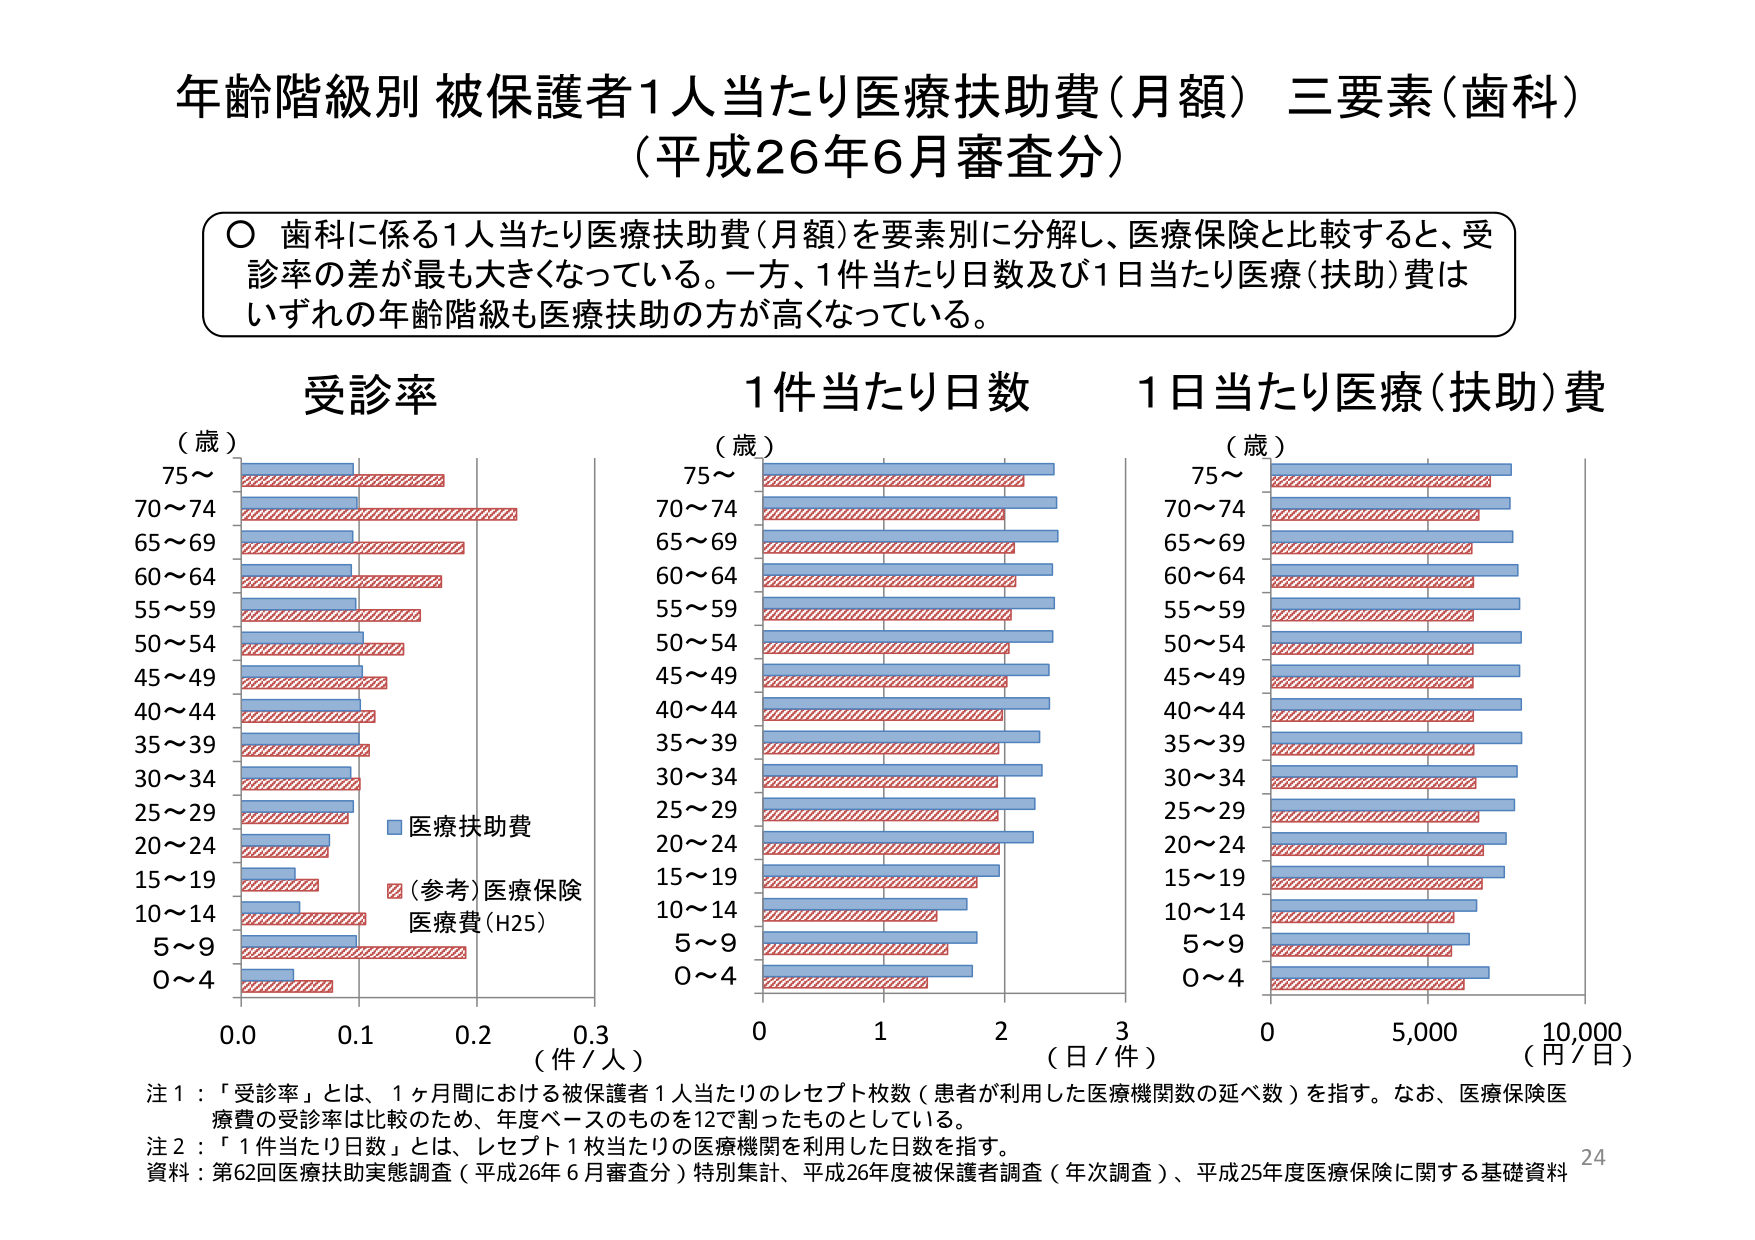
年齢階級別 被保護者1人当たり医療扶助費（月額） 三要素（歯科）
（平成26年6月審査分）

○ 歯科に係る1人当たり医療扶助費（月額）を要素別に分解し、医療保険と比較すると、受診率の差が最も大きくなっている。一方、1件当たり日数及び1日当たり医療（扶助）費はいずれの年齢階級も医療扶助の方が高くなっている。

受診率
（歳）
75～
70～74
65～69
60～64
55～59
50～54
45～49
40～44
35～39
30～34
25～29
20～24
15～19
10～14
5～9
0～4
0.0　0.1　0.2　0.3 （件／人）
■ 医療扶助費
■ （参考）医療保険医療費（H25）

1件当たり日数
（歳）
75～
70～74
65～69
60～64
55～59
50～54
45～49
40～44
35～39
30～34
25～29
20～24
15～19
10～14
5～9
0～4
0　1　2　3 （日／件）

1日当たり医療（扶助）費
（歳）
75～
70～74
65～69
60～64
55～59
50～54
45～49
40～44
35～39
30～34
25～29
20～24
15～19
10～14
5～9
0～4
0　5,000　10,000 （円／日）

注1：「受診率」とは、1ヶ月間における被保護者1人当たりのレセプト枚数（患者が利用した医療機関数の延べ数）を指す。なお、医療保険医療費の受診率は比較のため、年度ベースのものを12で割ったものとしている。
注2：「1件当たり日数」とは、レセプト1枚当たりの医療機関を利用した日数を指す。
資料：第62回医療扶助実態調査（平成26年6月審査分）特別集計、平成26年度被保護者調査（年次調査）、平成25年度医療保険に関する基礎資料
24